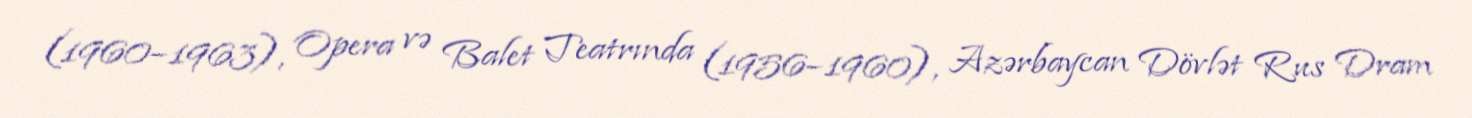
(1960–1963), Opera və Balet Teatrında (1956–1960), Azərbaycan Dövlət Rus Dram